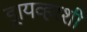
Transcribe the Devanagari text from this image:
ड्रायव्हरशी